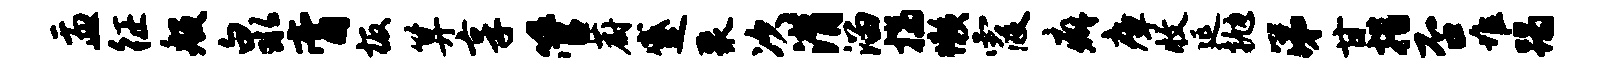
盂征般泉膏板算享管蔚蹙聚次潸溜揣懒霞癖瘴收延抛涕甘措否堆蹋